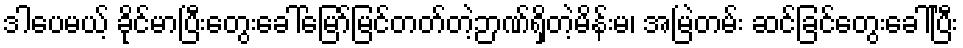
ဒါပေမယ့် ခိုင်မာပြီးတွေးခေါ်မြော်မြင်တတ်တဲ့ဉာဏ်ရှိတဲ့မိန်းမ၊ အမြဲတမ်း ဆင်ခြင်တွေးခေါ်ပြီး